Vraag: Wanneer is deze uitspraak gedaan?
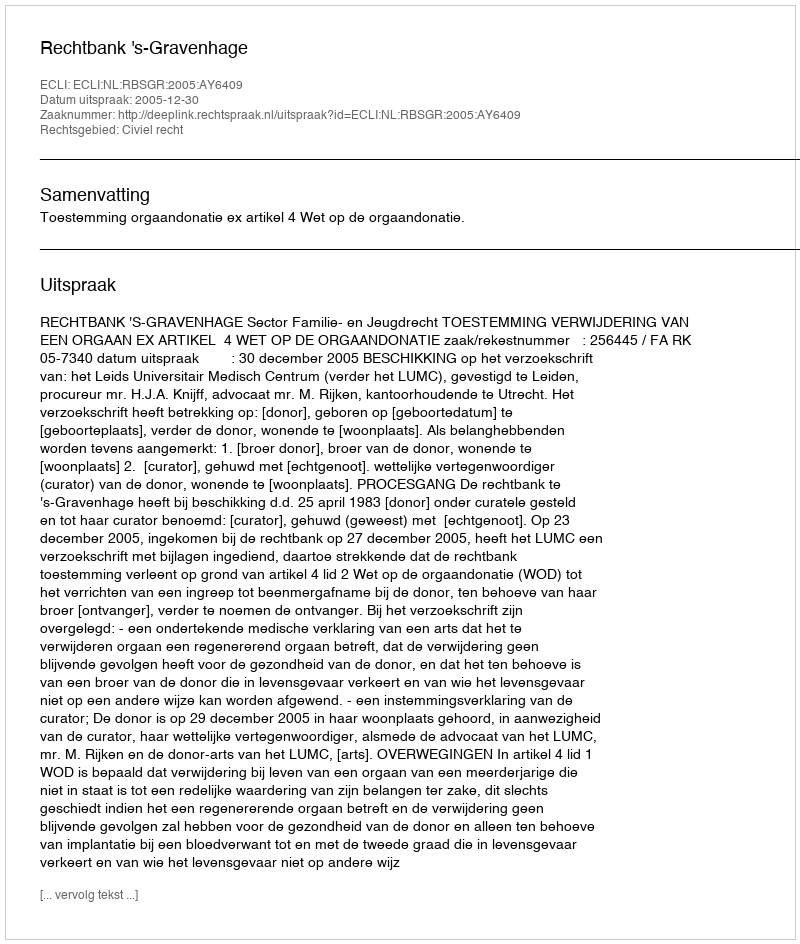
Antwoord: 2005-12-30